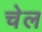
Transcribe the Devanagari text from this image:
चेल